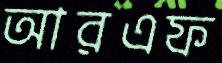
আরএফ